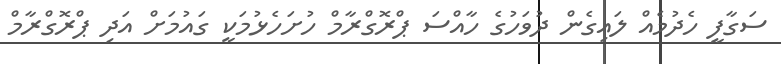
ސަގާފީ ހެދުމެއް ލައިގެން ދުވަހުގެ ހާއްސަ ޕްރޮގްރާމް ހުށަހެޅުމަކީ ގައުމަށް އަދި ޕްރޮގްރާމް